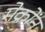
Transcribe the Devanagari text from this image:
मेक्रोंन